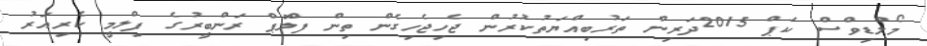
މޯލްޑިވްސް ކަޕް 2015ދަރިން ތަރުބިއްޔަތުކުރުން ޖެހިޖެހިގެން ތިން ފްލޮޕް ރަންބީރުގެ ފިލްމީ ކެރިއަރު